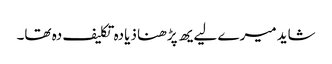
شاید میرے لیےیھ پڑھنا ذیادہ تکلیف دہ تھا۔